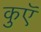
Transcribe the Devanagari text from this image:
कुएॅ